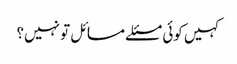
کہیں کوئی مسئلے مسائل تو نہیں؟